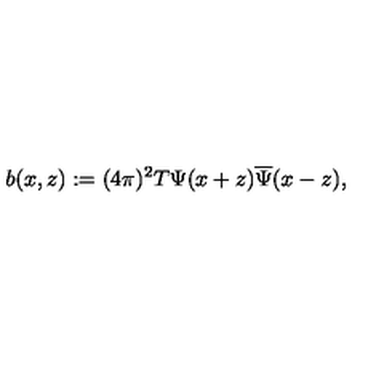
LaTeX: b ( x , z ) : = ( 4 \pi ) ^ { 2 } T \Psi ( x + z ) \overline { { \Psi } } ( x - z ) ,